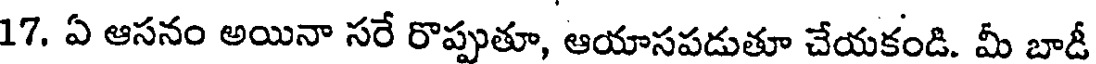
17. ఏ ఆసనం అయినా సరే రొప్పుతూ, ఆయాసపడుతూ చేయకండి. మీ బాడీ